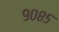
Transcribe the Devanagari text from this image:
९०८५